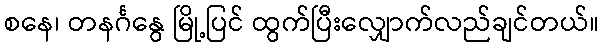
စနေ၊ တနင်္ဂနွေ မြို့ပြင် ထွက်ပြီးလျှောက်လည်ချင်တယ်။